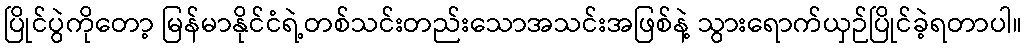
ပြိုင်ပွဲကိုတော့ မြန်မာနိုင်ငံရဲ့တစ်သင်းတည်းသောအသင်းအဖြစ်နဲ့ သွားရောက်ယှဉ်ပြိုင်ခဲ့ရတာပါ။